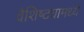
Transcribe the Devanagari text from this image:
वैशिष्ट्यामध्ये